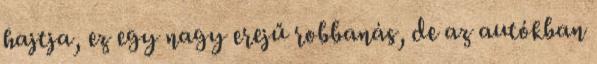
hajtja, ez egy nagy erejű robbanás, de az autókban